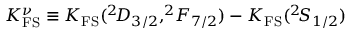
K _ { \mathrm { F S } } ^ { \nu } \equiv K _ { \mathrm { F S } } ( ^ { 2 } \! D _ { 3 / 2 } , ^ { 2 } \! F _ { 7 / 2 } ) - K _ { \mathrm { F S } } ( ^ { 2 } \! S _ { 1 / 2 } )